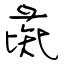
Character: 彘